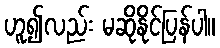
ဟူ၍လည်း မဆိုနိုင်ပြန်ပါ။